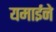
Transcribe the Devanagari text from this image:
यमाईने